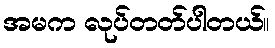
အမက လုပ်တတ်ပါတယ်။